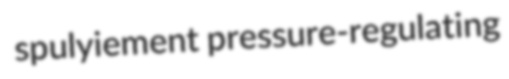
spulyiement pressure-regulating